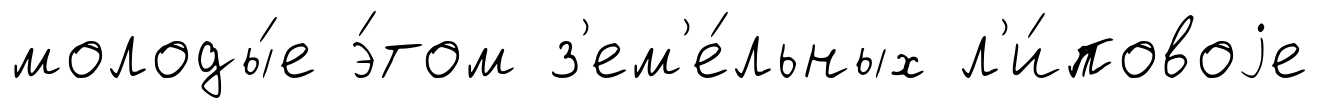
молоды́е э́том з'ем'е́льных л'и́повоjе